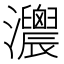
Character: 𤅛